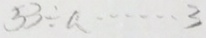
3 3 \div a \cdots 3